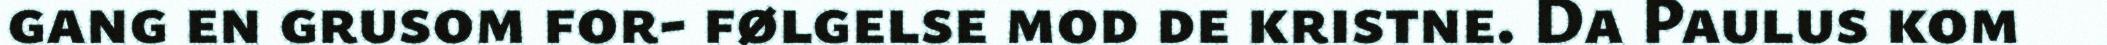
gang en grusom for- følgelse mod de kristne. Da Paulus kom